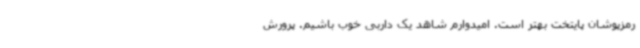
رمزپوشان پایتخت بهتر است. امیدوارم شاهد یک داربی خوب باشیم. پرورش